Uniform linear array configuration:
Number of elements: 48
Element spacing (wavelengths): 0.25
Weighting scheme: binomial
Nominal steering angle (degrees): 60
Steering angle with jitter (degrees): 58.862
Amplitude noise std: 0.05
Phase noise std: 0.05

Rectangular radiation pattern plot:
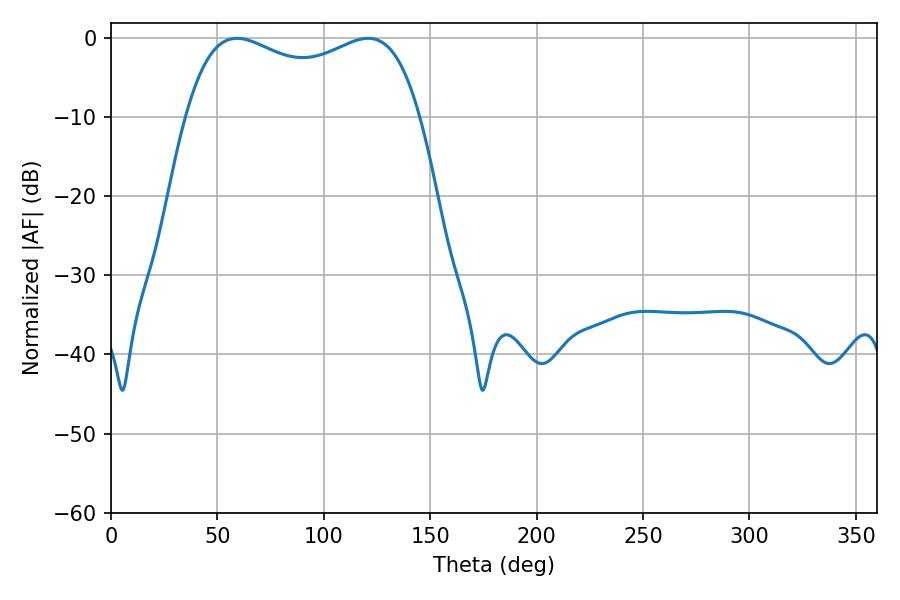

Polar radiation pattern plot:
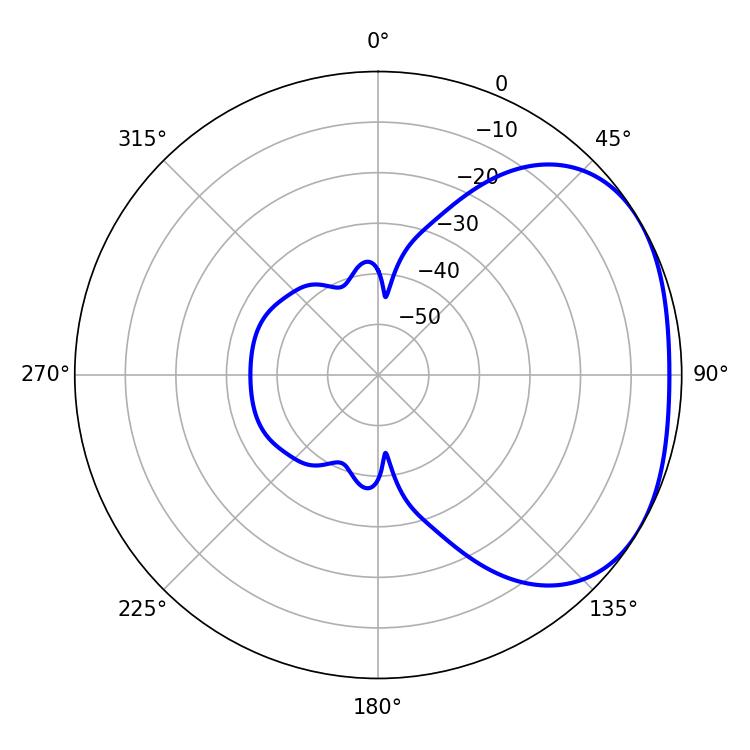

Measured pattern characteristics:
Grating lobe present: FALSE
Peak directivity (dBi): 2.335
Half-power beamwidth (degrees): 90.72
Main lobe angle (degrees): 59.22